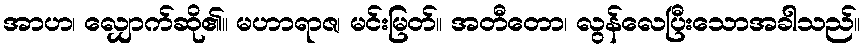
အာဟ၊ လျှောက်ဆို၏။ မဟာရာဇ၊ မင်းမြတ်။ အတီတော၊ လွန်လေပြီးသောအခါသည်။